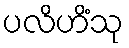
ပလိဟိံသု